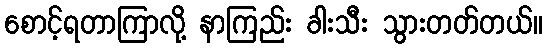
စောင့်ရတာကြာလို့ နာကြည်း ခါးသီး သွားတတ်တယ်။